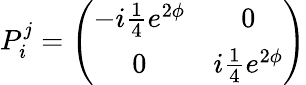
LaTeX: P_{i}^{j}=\left(\begin{array}{cc}{{-i{\textstyle{\frac{1}{4}}}e^{2\phi}}}&{{0}}\\ {{0}}&{{i{\textstyle{\frac{1}{4}}}e^{2\phi}}}\end{array}\right)